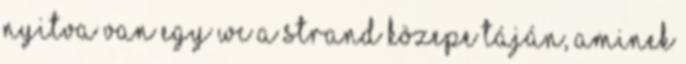
nyitva van egy WC a strand közepe táján, aminek